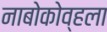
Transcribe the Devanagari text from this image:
नाबोकोव्हला